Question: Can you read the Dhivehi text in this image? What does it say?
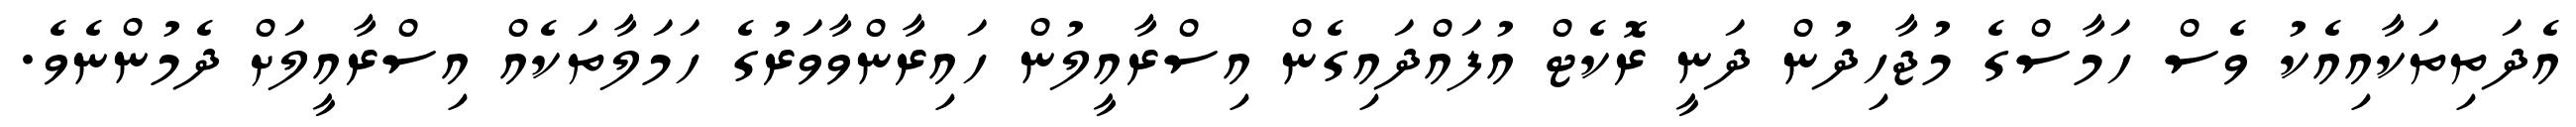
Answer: އެދަތިތަކާއިއެކު ވެސް ހަމާސްގެ މުޖާހިދުން ދަނީ ރޮކެޓް އުފައްދައިގެން އިސްރާއީލުން ހައިރާންވާވަރުގެ ހަމަލާތަކެއް އިސްރާއީލަށް ދެމުންނެވެ.